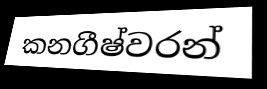
කනගීෂ්වරන්